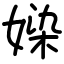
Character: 媣